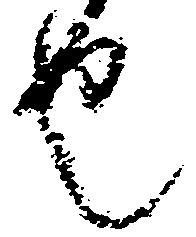
也